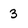
Character: 3